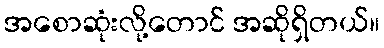
အစောဆုံးလို့တောင် အဆိုရှိတယ်။